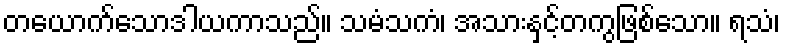
တယောက်သောဒါယကာသည်။ သမံသကံ၊ အသားနှင့်တကွဖြစ်သော။ ရသံ၊